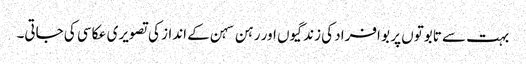
بہت سے تابوتوں پر بو افراد کی زندگیوں اور رہن سہن کے انداز کی تصویری عکاسی کی جاتی۔